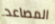
المصاعد